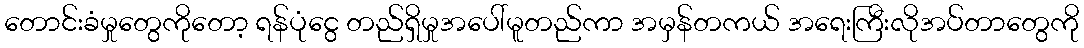
တောင်းခံမှုတွေကိုတော့ ရန်ပုံငွေ တည်ရှိမှုအပေါ်မူတည်ကာ အမှန်တကယ် အရေးကြီးလိုအပ်တာတွေကို